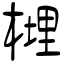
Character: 榸